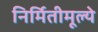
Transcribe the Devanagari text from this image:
निर्मितीमूल्ये